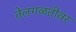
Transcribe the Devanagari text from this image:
तेलगळतीवर